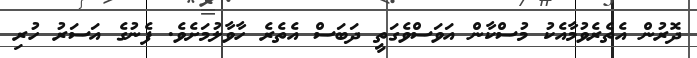
ދޮރުން އެތެރެވުމާއެކު މުސްކާން އަވަސްވެގަތީ ދަބަސް އެތެރެ ހާވާލުމަށެވެ. ފެނުގެ އަސަރު ހުރި